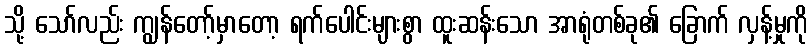
သို့ သော်လည်း ကျွန်တော့်မှာတော့ ရက်ပေါင်းများစွာ ထူးဆန်းသော အာရုံတစ်ခု၏ ခြောက် လှန့်မှုကို